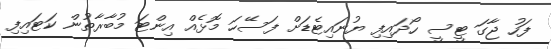
ފަހު ޖާގަ ޓީސީ ހޯދައިފި ޔުނައިޓެޑަށް ފަސޭހަ މޮޅެއް އިންޓަ މުބާރާތުން ކަޓައިފި